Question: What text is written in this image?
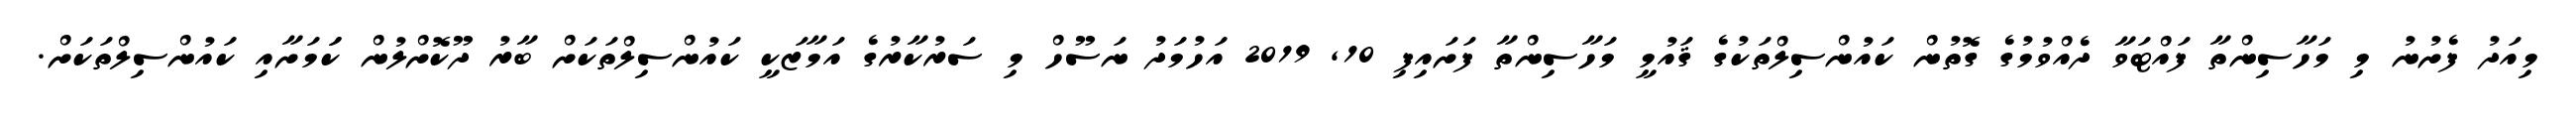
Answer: މިއަދު ފެށުނު މި މަހާސިންތާ ފައްޓަވާ ދެއްވުމުގެ ގޮތުން ކައުންސިލްތަކުގެ ޤައުމީ މަހާސިންތާ ފަށައިފި 10, 2019 އަހުމަދު ނަސޫހް މި ސަރުކާރުގެ އަމާޒަކީ ކައުންސިލްތަކަށް ބާރު ދޫކޮށްލުން ކަަމަށާއި ކައުންސިލްތަކަށް.